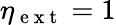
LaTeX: \eta_{\mathrm{~e~x~t~}}=1